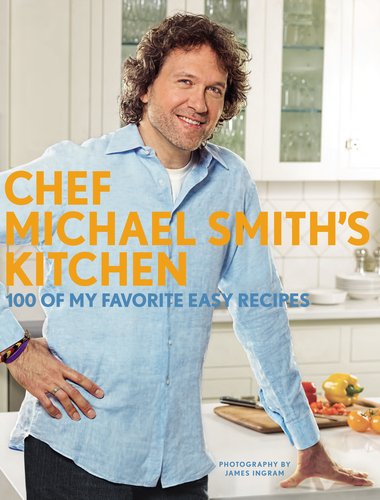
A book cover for Chef Michael Smith's Kitchen: 100 of My Favorite Easy Recipes; Michael Smith; Cookbooks, Food & Wine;